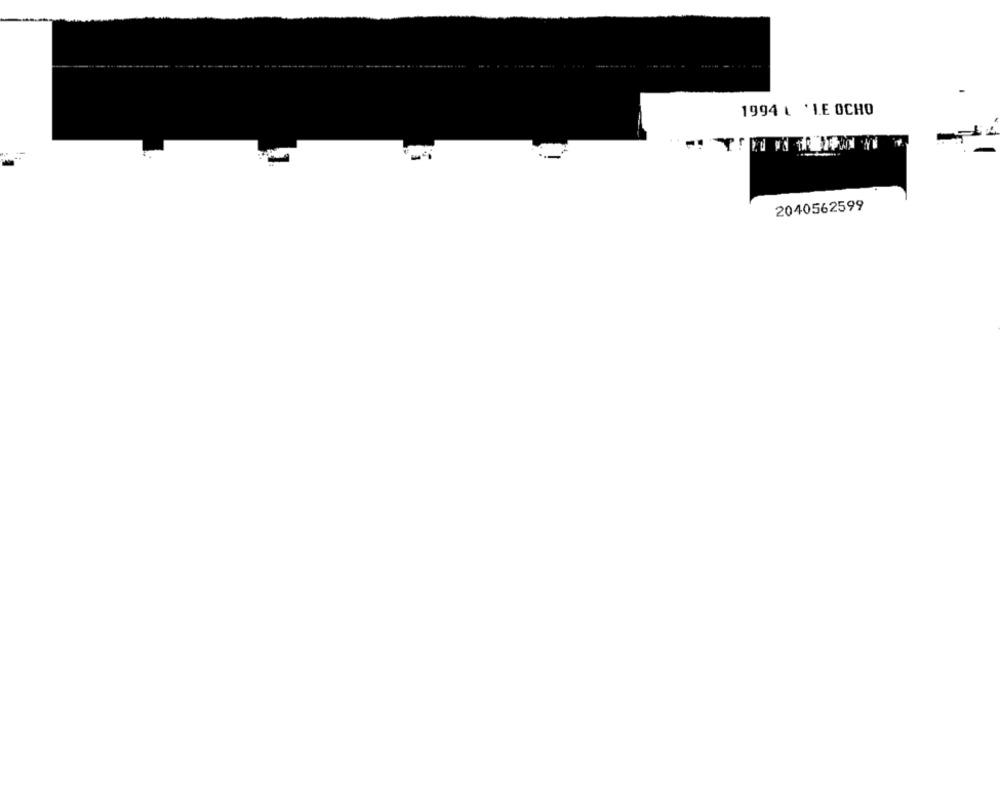
1994 L ' LE OCHO
2040562599